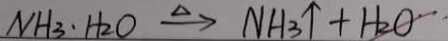
N H _ { 3 } \cdot H _ { 2 } O \xrightarrow { \Delta } N H _ { 3 } \uparrow + H _ { 2 } O